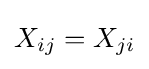
X_{ij}=X_{ji}